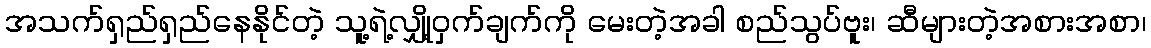
အသက်ရှည်ရှည်နေနိုင်တဲ့ သူ့ရဲ့လျှို့ဝှက်ချက်ကို မေးတဲ့အခါ စည်သွပ်ဗူး၊ ဆီများတဲ့အစားအစာ၊